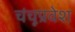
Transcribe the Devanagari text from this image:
चंचूप्रवेश